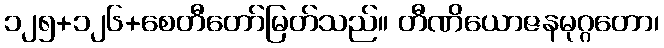
၁၂၅+၁၂၆+စေတီတော်မြတ်သည်။ တီဏိယောဇနမုဂ္ဂတော၊